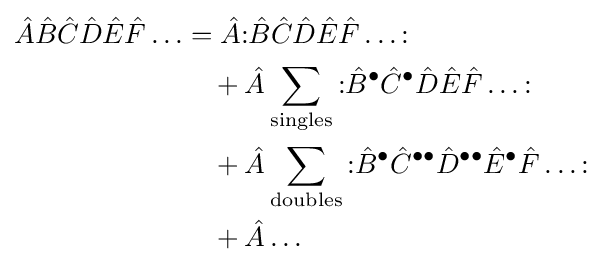
{\begin{aligned}{\hat {A}}{\hat {B}}{\hat {C}}{\hat {D}}{\hat {E}}{\hat {F}}\ldots &={\hat {A}}{\mathopen {:}}{\hat {B}}{\hat {C}}{\hat {D}}{\hat {E}}{\hat {F}}\ldots {\mathclose {:}}\\&\quad +{\hat {A}}\sum _{\text{singles}}{\mathopen {:}}{\hat {B}}^{\bullet }{\hat {C}}^{\bullet }{\hat {D}}{\hat {E}}{\hat {F}}\ldots {\mathclose {:}}\\&\quad +{\hat {A}}\sum _{\text{doubles}}{\mathopen {:}}{\hat {B}}^{\bullet }{\hat {C}}^{\bullet \bullet }{\hat {D}}^{\bullet \bullet }{\hat {E}}^{\bullet }{\hat {F}}\ldots {\mathclose {:}}\\&\quad +{\hat {A}}\ldots \end{aligned}}